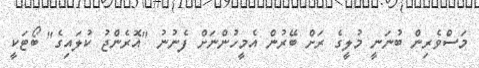
މަސްވެރިން ބުނަނީ މުލީގެ ރަށް ބޭރުން އެމީހުންނަށް ފެނުނު "އޮރެންޖު ކުލައިގެ" ބޯޓަކީ